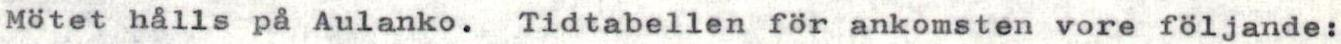
Mötet hålls på Aulanko. Tidtabellen för ankomsten vore följande: